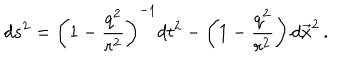
LaTeX: d s ^ { 2 } = \left( 1 - \frac { q ^ { 2 } } { r ^ { 2 } } \right) ^ { - 1 } d t ^ { 2 } - \left( 1 - \frac { q ^ { 2 } } { r ^ { 2 } } \right) d \vec { x } ^ { 2 } \, .